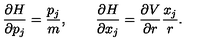
\frac { \partial H } { \partial p _ { j } } = \frac { p _ { j } } { m } , \qquad \frac { \partial H } { \partial x _ { j } } = \frac { \partial V } { \partial r } \frac { x _ { j } } { r } .